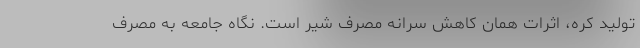
تولید کره، اثرات همان کاهش سرانه مصرف شیر است. نگاه جامعه به مصرف